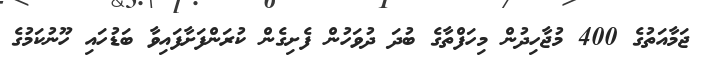
ޖަމާއަތުގެ 400 މުޖާހިދުން މިހަފްތާގެ ބުދަ ދުވަހުން ފެށިގެން ކުރަންފަށާފައިވާ ބަޑުހައި ހޫނުކަމުގެ